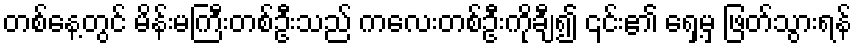
တစ်နေ့တွင် မိန်းမကြီးတစ်ဦးသည် ကလေးတစ်ဦးကိုချီ၍ ၎င်း၏ ရှေ့မှ ဖြတ်သွားရန်